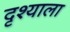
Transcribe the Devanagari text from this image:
दृश्‍याला